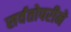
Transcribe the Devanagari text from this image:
सर्वतोपरीने